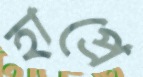
হাপ্‌রে